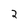
Character: 2